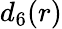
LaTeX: d_{6}(r)